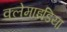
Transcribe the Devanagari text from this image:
क्लेमाइडिया